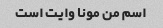
اسم من مونا وایت است